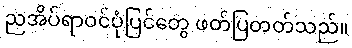
ညအိပ်ရာဝင်ပုံပြင်တွေ ဖတ်ပြတတ်သည်။